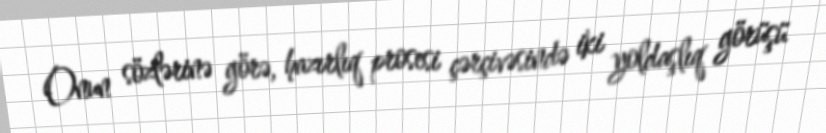
Onun sözlərinə görə, hazırlıq prosesi çərçivəsində iki yoldaşlıq görüşü